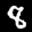
Label: 8